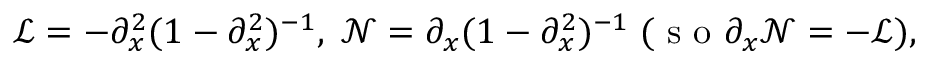
\mathscr { L } = - \partial _ { x } ^ { 2 } ( 1 - \partial _ { x } ^ { 2 } ) ^ { - 1 } , \; \mathscr { N } = \partial _ { x } ( 1 - \partial _ { x } ^ { 2 } ) ^ { - 1 } \; ( \mathrm { ~ s ~ o ~ } \partial _ { x } \mathscr { N } = - \mathscr { L } ) ,